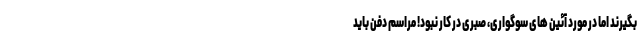
بگیرند اما در مورد آئین های سوگواری، صبری در کار نبود! مراسم دفن باید